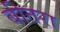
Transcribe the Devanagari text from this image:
बीतरा